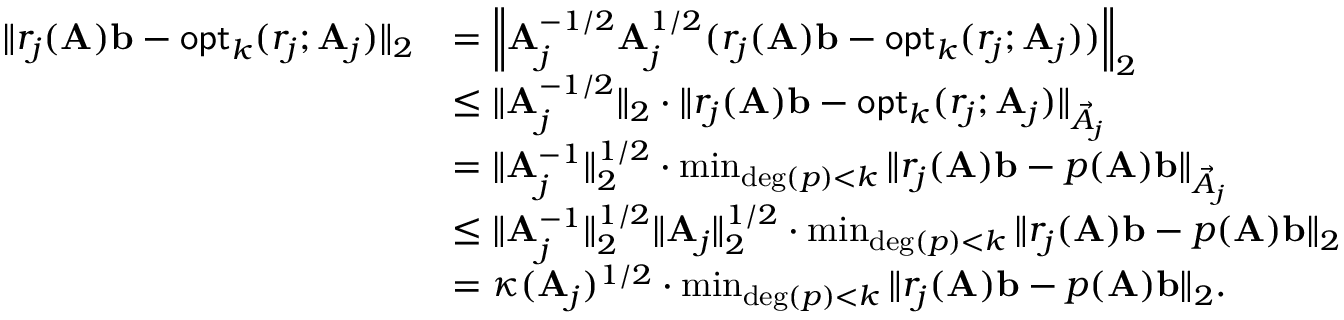
\begin{array} { r l } { \| r _ { j } ( \mathbf { A } ) \mathbf { b } - \mathsf { o p t } _ { k } ( r _ { j } ; \mathbf { A } _ { j } ) \| _ { 2 } } & { = \left\| \mathbf { A } _ { j } ^ { - 1 / 2 } \mathbf { A } _ { j } ^ { 1 / 2 } ( r _ { j } ( \mathbf { A } ) \mathbf { b } - \mathsf { o p t } _ { k } ( r _ { j } ; \mathbf { A } _ { j } ) ) \right\| _ { 2 } } \\ & { \leq \| \mathbf { A } _ { j } ^ { - 1 / 2 } \| _ { 2 } \cdot \| r _ { j } ( \mathbf { A } ) \mathbf { b } - \mathsf { o p t } _ { k } ( r _ { j } ; \mathbf { A } _ { j } ) \| _ { \vec { A } _ { j } } } \\ & { = \| \mathbf { A } _ { j } ^ { - 1 } \| _ { 2 } ^ { 1 / 2 } \cdot \operatorname* { m i n } _ { \mathrm { d e g } ( p ) < k } \| r _ { j } ( \mathbf { A } ) \mathbf { b } - p ( \mathbf { A } ) \mathbf { b } \| _ { \vec { A } _ { j } } } \\ & { \leq \| \mathbf { A } _ { j } ^ { - 1 } \| _ { 2 } ^ { 1 / 2 } \| \mathbf { A } _ { j } \| _ { 2 } ^ { 1 / 2 } \cdot \operatorname* { m i n } _ { \mathrm { d e g } ( p ) < k } \| r _ { j } ( \mathbf { A } ) \mathbf { b } - p ( \mathbf { A } ) \mathbf { b } \| _ { 2 } } \\ & { = \kappa ( \mathbf { A } _ { j } ) ^ { 1 / 2 } \cdot \operatorname* { m i n } _ { \mathrm { d e g } ( p ) < k } \| r _ { j } ( \mathbf { A } ) \mathbf { b } - p ( \mathbf { A } ) \mathbf { b } \| _ { 2 } . } \end{array}